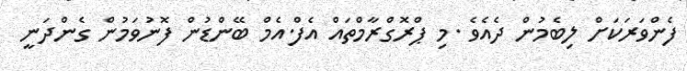
ފެންވަރަކަށް ލިބެމުން ދެއެވެ .މި ޕްރޮގްރާމްތައް އެފް.އެމް ބޭންޑުން ފޮނުވަމުން ގެންދަނީ